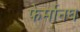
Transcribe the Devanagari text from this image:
फेर्मानघ